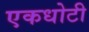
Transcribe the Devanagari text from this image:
एकधोटी